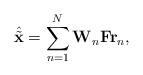
LaTeX: \begin{align*}\hat{\tilde{\mathbf{x}}}=\sum_{n=1}^N \mathbf{W}_n\mathbf{F}\mathbf{r}_n,\end{align*}